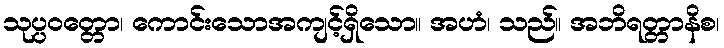
သုပ္ပဝတ္တော၊ ကောင်းသောအကျင့်ရှိသော။ အဟံ၊ သည်။ အဘိရတ္တာနိစ၊